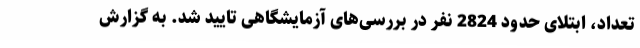
تعداد، ابتلای حدود 2824 نفر در بررسی‌های آزمایشگاهی تایید شد. به گزارش